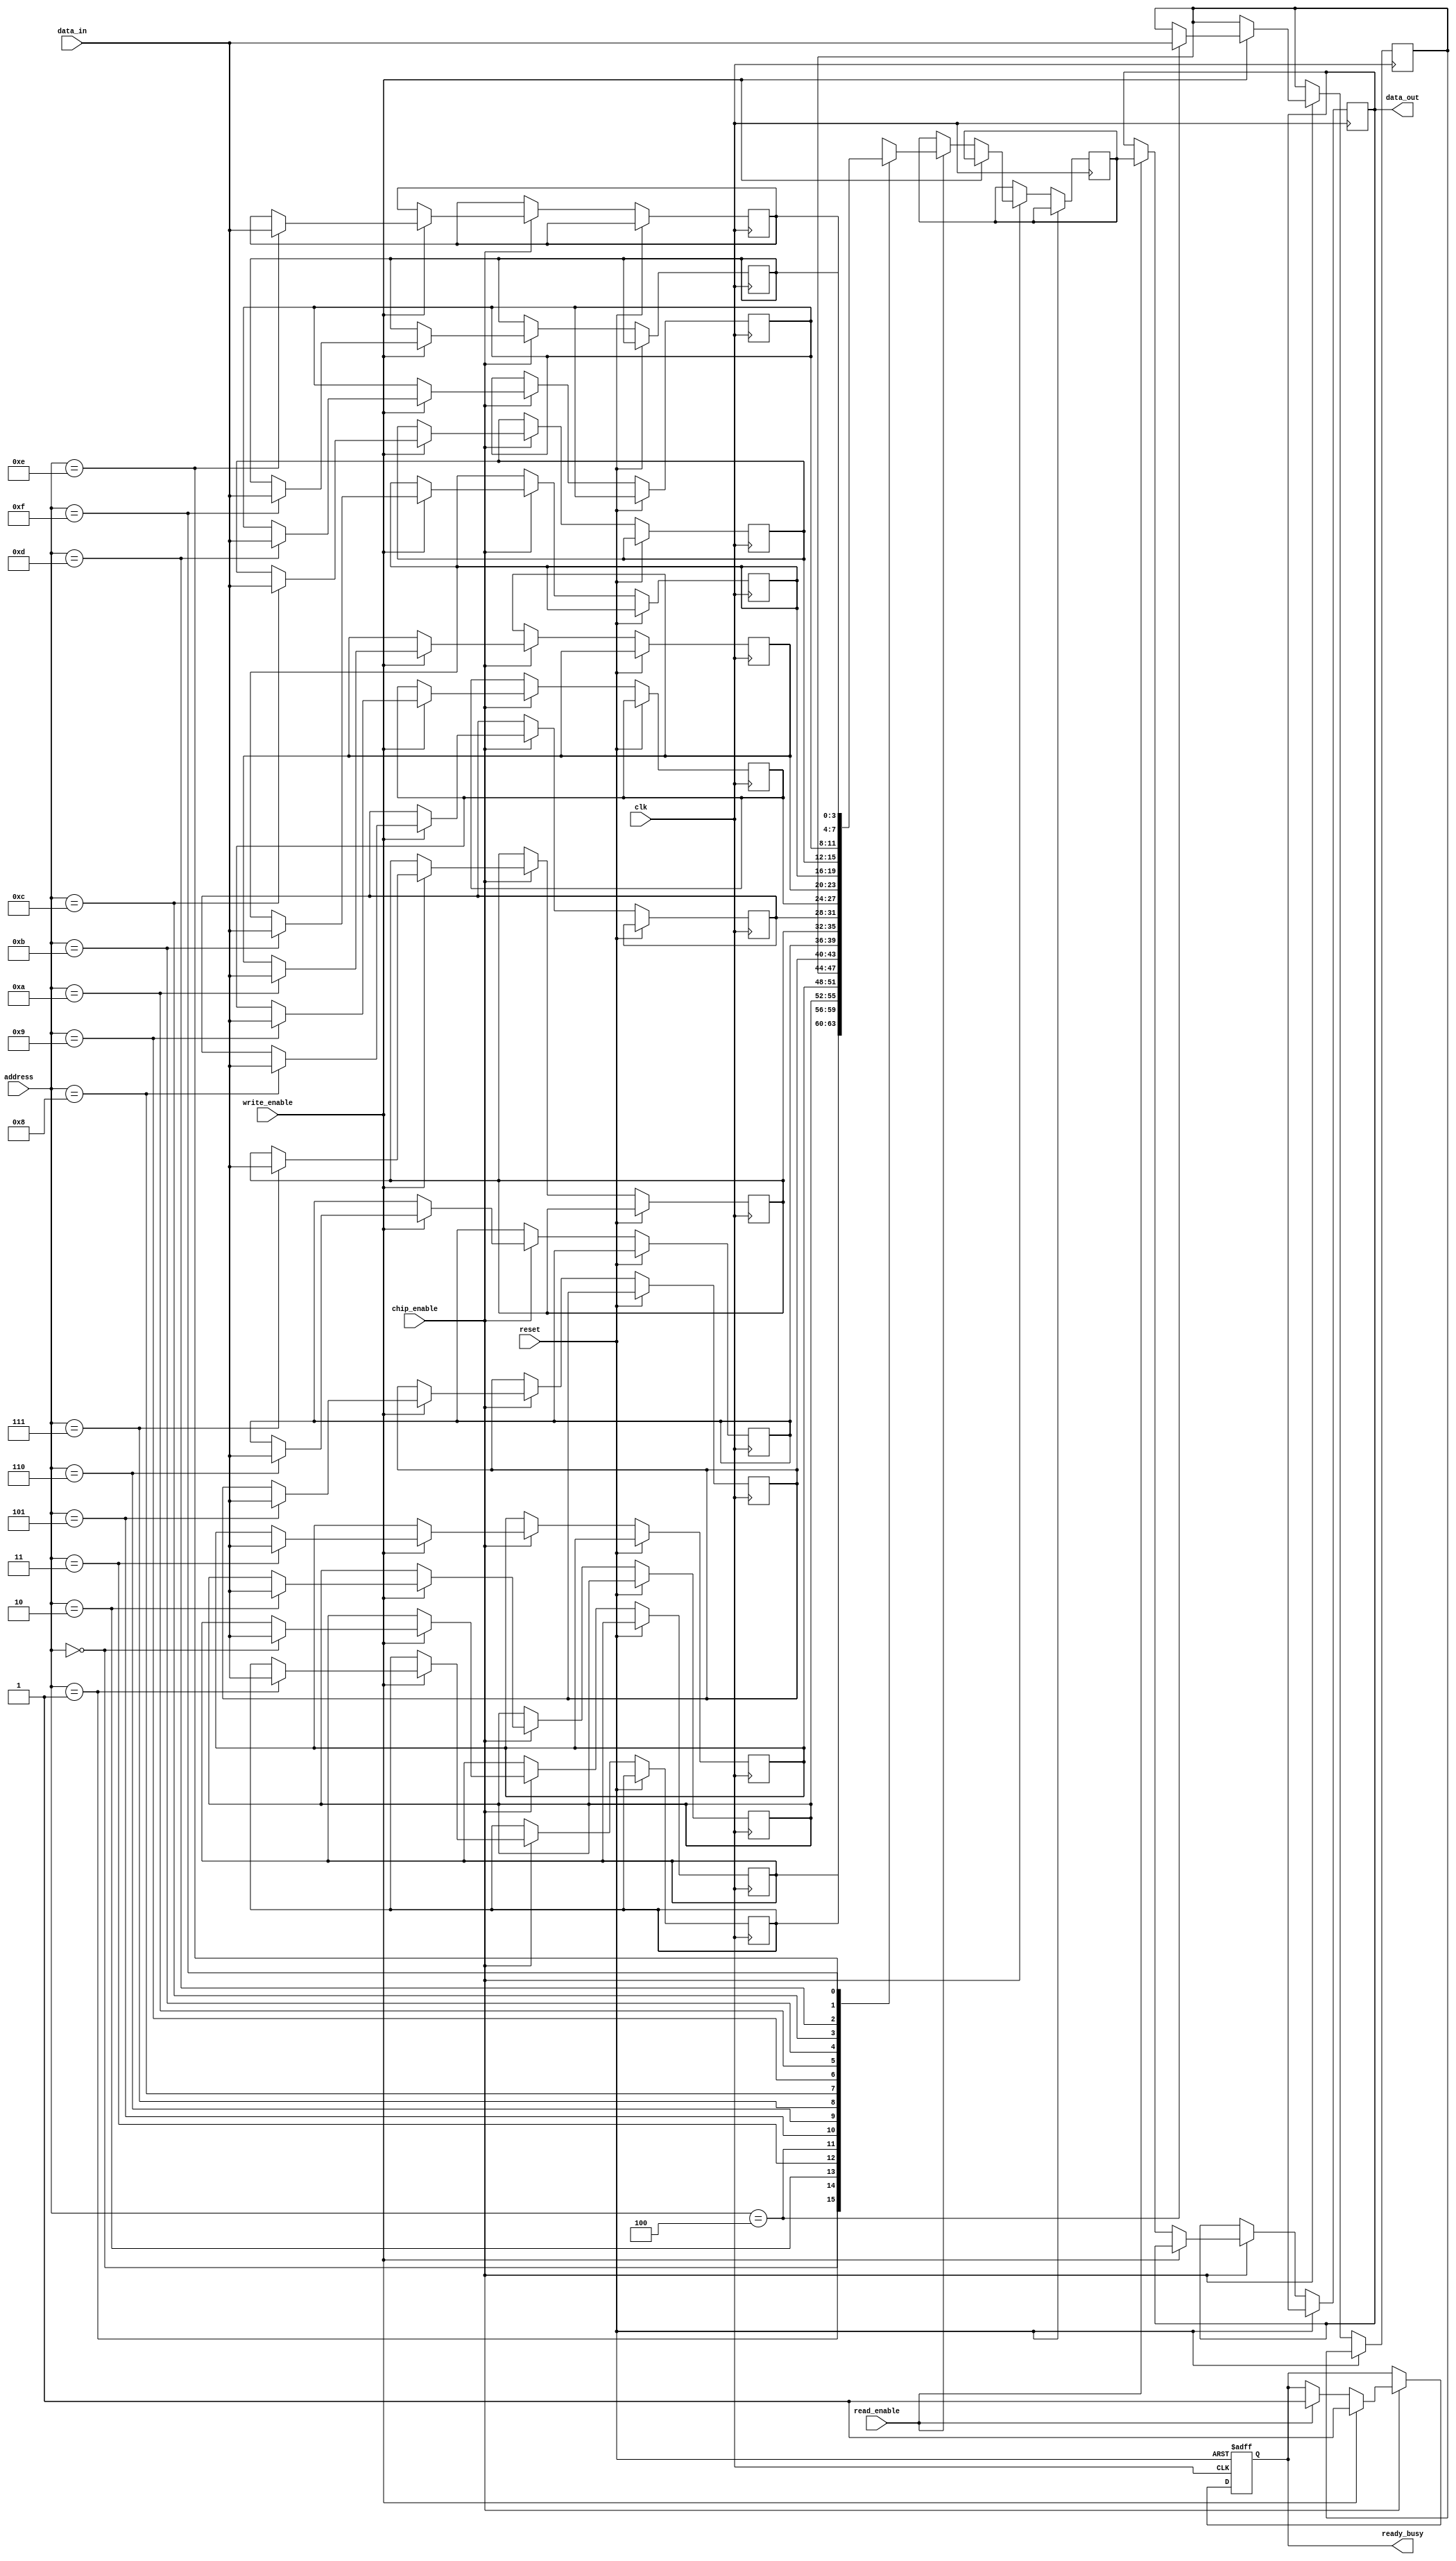
module QLC_NAND (
    input  wire        clk,             // Clock signal
    input  wire        reset,           // Reset signal
    input  wire        chip_enable,     // Chip Enable
    input  wire        write_enable,    // Write Enable
    input  wire        read_enable,     // Read Enable
    input  wire [3:0] address,          // 4-bit address for 16 locations
    input  wire [3:0] data_in,          // 4-bit data input (D0-D3)
    output reg  [3:0] data_out,         // 4-bit data output
    output reg        ready_busy         // Ready/Busy status signal
);

    // Memory array for QLC cells (16 locations, 4 bits per location)
    reg [3:0] memory_array [0:15];
    reg [3:0] read_data;
    reg busy;

    // Read operation
    always @(posedge clk or posedge reset) begin
        if (reset) begin
            busy <= 0;
            ready_busy <= 1; // Ready state
        end 
        else if (chip_enable) begin
            if (write_enable) begin
                busy <= 1;
                ready_busy <= 0; // Busy state
                // Write data to memory
                memory_array[address] <= data_in;
                #5; // Simulate write time
                busy <= 0;
                ready_busy <= 1; // Back to ready state
            end 
            else if (read_enable) begin
                busy <= 1;
                ready_busy <= 0; // Busy state
                // Read data from memory
                read_data <= memory_array[address];
                data_out <= read_data;
                #5; // Simulate read time
                busy <= 0;
                ready_busy <= 1; // Back to ready state
            end 
        end 
    end

    // Erase operation (To be implemented as a separate control signal)
    task erase_block(input [3:0] block_address);
        integer i;
        begin
            for (i = 0; i < 16; i = i + 1) begin
                memory_array[block_address] <= 4'b1111; // Reset all bits to '1111'
            end
        end
    endtask

    // Power management (Simplistic approach, extend as needed)
    always @(posedge clk) begin
        if (!chip_enable) begin
            // Low power mode
            // Implement power-saving features here
        end 
    end

endmodule